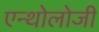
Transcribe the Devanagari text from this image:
एन्थोलोजी